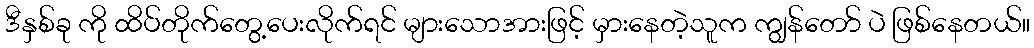
ဒီနှစ်ခု ကို ထိပ်တိုက်တွေ့ပေးလိုက်ရင် များသောအားဖြင့် မှားနေတဲ့သူက ကျွန်တော် ပဲ ဖြစ်နေတယ်။